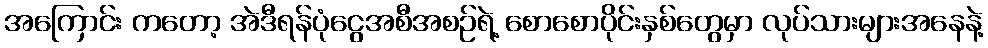
အကြောင်း ကတော့ အဲဒီရန်ပုံငွေအစီအစဉ်ရဲ့ စောစောပိုင်းနှစ်တွေမှာ လုပ်သားများအနေနဲ့